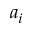
a _ { i }